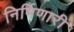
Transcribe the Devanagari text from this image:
निर्मिणारी